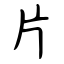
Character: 片